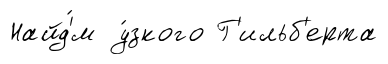
Найд'́м у́зкого Г'ильб'ерта